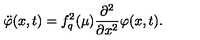
\ddot { \varphi } ( x , t ) = f _ { q } ^ { 2 } ( \mu ) \frac { \partial ^ { 2 } } { \partial x ^ { 2 } } \varphi ( x , t ) .